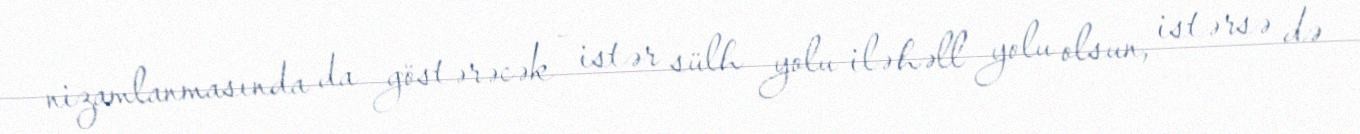
nizamlanmasında da göstərəcək - istər sülh yolu ilə həll yolu olsun, istərsə də